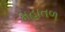
મહાતળ